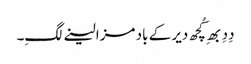
دِدِ بھِ کُچھ دیر کے باد مزا لینے لگِ۔